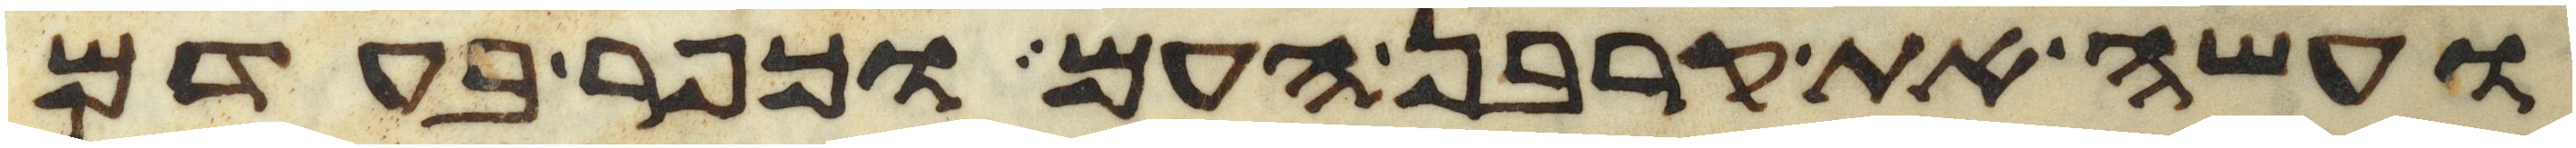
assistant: ועשה את קרבן העם וכפר בעדם